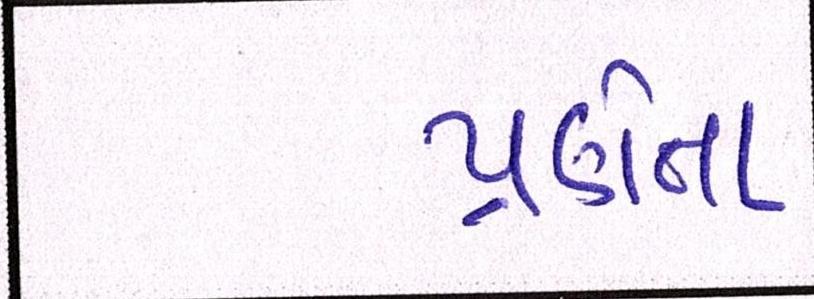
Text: પ્રણેતા